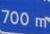
700